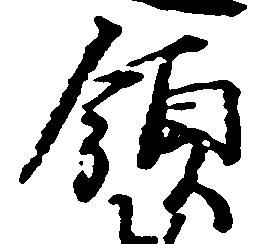
領